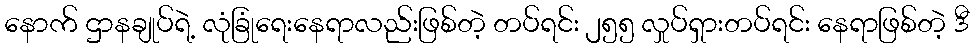
နောက် ဌာနချုပ်ရဲ့ လုံခြုံရေးနေရာလည်းဖြစ်တဲ့ တပ်ရင်း ၂၅၅ လှုပ်ရှားတပ်ရင်း နေရာဖြစ်တဲ့ ဒီ